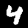
Digit: 4